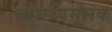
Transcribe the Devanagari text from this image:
स्वास्थ्यमूलक